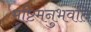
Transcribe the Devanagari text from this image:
मुष्टिमनुभवति